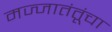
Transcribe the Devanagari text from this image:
मज्जातंतूंचा